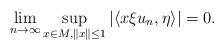
LaTeX: \begin{align*}\lim_{n \to \infty} \sup_{x \in M, \| x \| \leq 1} | \langle x \xi u_n, \eta \rangle | = 0. \end{align*}